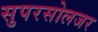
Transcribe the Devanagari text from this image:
सुपरसोलजर